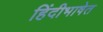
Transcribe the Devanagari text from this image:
हिंदीभाषेत